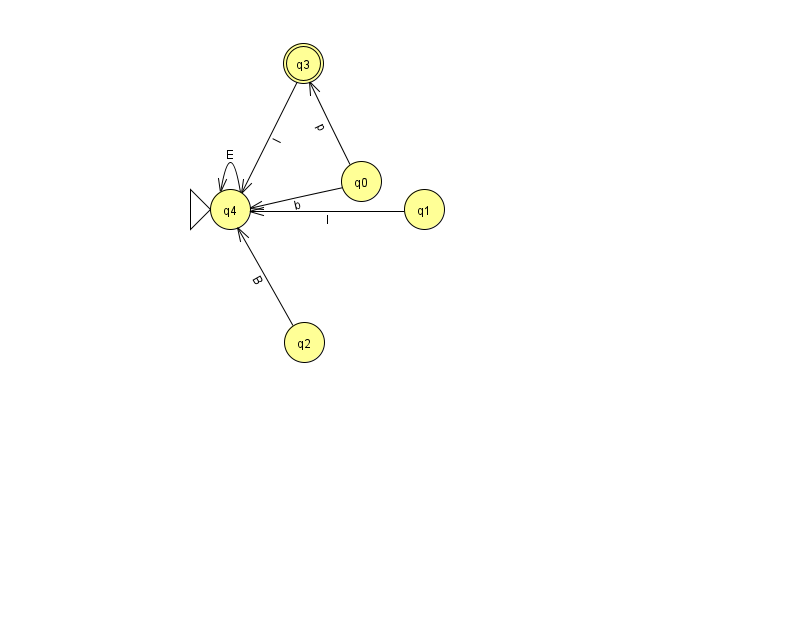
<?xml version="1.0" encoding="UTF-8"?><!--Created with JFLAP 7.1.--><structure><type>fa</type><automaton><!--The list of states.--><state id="0" name="q0"><x>361.0</x><y>168.0</y></state><state id="1" name="q1"><x>424.0</x><y>196.0</y></state><state id="2" name="q2"><x>304.0</x><y>329.0</y></state><state id="3" name="q3"><x>303.0</x><y>50.0</y><final/></state><state id="4" name="q4"><x>230.0</x><y>196.0</y><initial/></state><!--The list of transitions.--><transition><from>1</from><to>4</to><read>l</read></transition><transition><from>0</from><to>4</to><read>b</read></transition><transition><from>4</from><to>4</to><read>E</read></transition><transition><from>0</from><to>3</to><read>p</read></transition><transition><from>2</from><to>4</to><read>B</read></transition><transition><from>3</from><to>4</to><read>l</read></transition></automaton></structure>